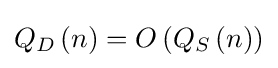
Q_{D}\left(n\right)=O\left(Q_{S}\left(n\right)\right)